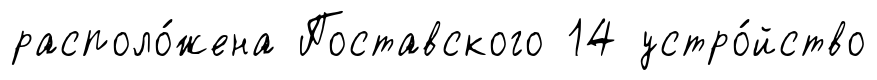
располо́жена Поставского 14 устро́йство